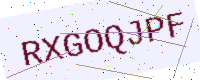
Text: RXGOQJPF